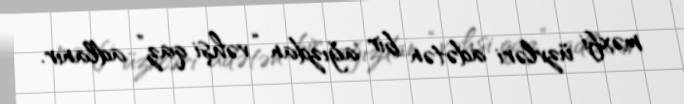
məxfi üzvləri adətən bir ağızdan “vəhşi qaz” adlanır.